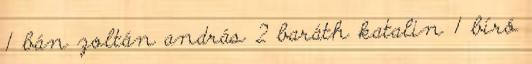
1 bán zoltán andrás 2 baráth katalin 1 bíró